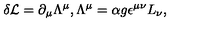
\delta { \cal L } = \partial _ { \mu } \Lambda ^ { \mu } , \Lambda ^ { \mu } = \alpha g \epsilon ^ { \mu \nu } L _ { \nu } ,